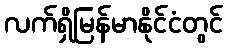
လက်ရှိမြန်မာနိုင်ငံတွင်